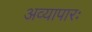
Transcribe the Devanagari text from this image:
अव्यापारः